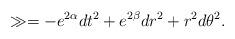
LaTeX: \begin{align*} \gg = - e^{2\alpha} dt^2 + e^{2\beta} dr^2 + r^2 d\theta^2. \end{align*}